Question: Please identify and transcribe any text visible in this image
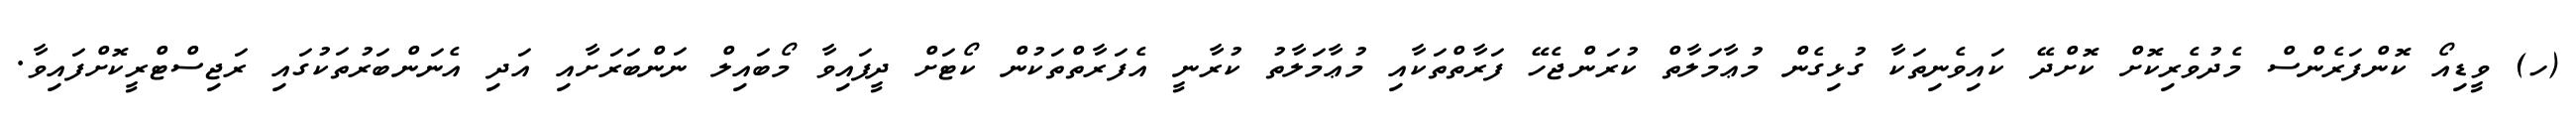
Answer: (ހ) ވީޑިއޯ ކޮންފަރެންސް މެދުވެރިކޮށް ކޮށްދޭ ކައިވެނިތަކާ ގުޅިގެން މުޢާމަލާތް ކުރަންޖެހޭ ފަރާތްތަކާއި މުޢާމަލާތު ކުރާނީ އެފަރާތްތަކުން ކޯޓަށް ދީފައިވާ މޯބައިލް ނަންބަރަށާއި އަދި އެނަންބަރުތަކުގައި ރަޖިސްޓްރީކޮށްފައިވާ.